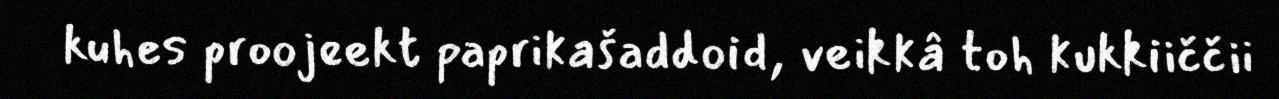
kuhes proojeekt paprikašaddoid, veikkâ toh kukkiiččii